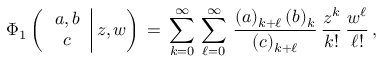
\begin{array} { l } { \displaystyle \Phi _ { 1 } \left( \left. \begin{array} { c } { a , b } \\ { c } \end{array} \right| z , w \right) \, = \, \sum _ { k = 0 } ^ { \infty } \, \sum _ { \ell = 0 } ^ { \infty } \, \frac { ( a ) _ { k + \ell } \, ( b ) _ { k } } { ( c ) _ { k + \ell } } \, \frac { z ^ { k } } { k ! } \, \frac { w ^ { \ell } } { \ell ! } \, , } \end{array}